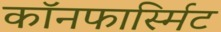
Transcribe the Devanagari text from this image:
कॉनफार्स्मिट